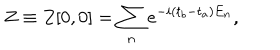
Z \equiv Z [ 0 , 0 ] = \sum _ { n } e ^ { - i ( t _ { b } - t _ { a } ) E _ { n } } ,